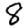
Digit: 8